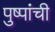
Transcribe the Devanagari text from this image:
पुष्पांची